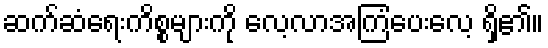
ဆက်ဆံရေးကိစ္စများကို လေ့လာအကြံပေးလေ့ ရှိ၏။